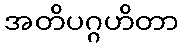
အတိပဂ္ဂဟိတာ